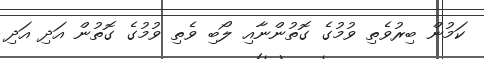
ކަމުން ބިރުވެތި ވުމުގެ ގޮތުންނާއި ލޯބި ވެތި ވުމުގެ ގޮތުން އަދި އަދި